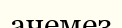
ачемез